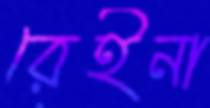
রেইনা